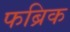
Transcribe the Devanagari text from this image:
फब्रिक